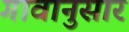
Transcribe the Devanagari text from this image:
गावानुसार